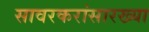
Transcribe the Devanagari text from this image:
सावरकरांसारख्या